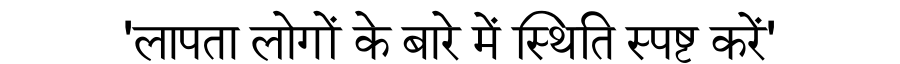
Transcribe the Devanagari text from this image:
'लापता लोगों के बारे में स्थिति स्पष्ट करें'